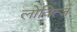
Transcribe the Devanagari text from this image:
लोवित्ज